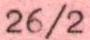
26/2